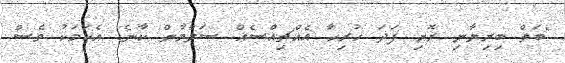
"ބަތް ބިރިޔާނި ރޮށި ފަދަ ހުރިހާ އެއްޗިއްސެއް ސަލްމާން ކާނެ. އެކަމަކު ވެސް